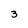
Character: 3